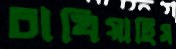
চাখিয়াছিস